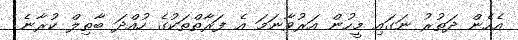
އެހެން ދަތުރު ނަގައި މީހުން އަރުވާނަމަ އެ ފަރާތްތަކުގެ ހުއްދަ ބާތިލް ކުރާނެ